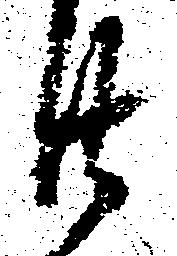
廿